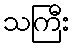
သကြီး